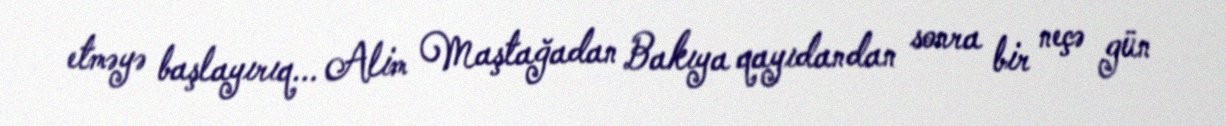
etməyə başlayırıq... Alim Maştağadan Bakıya qayıdandan sonra bir neçə gün